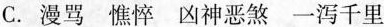
C. 漫骂 憔悴 凶神恶煞 一泻千里